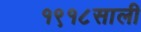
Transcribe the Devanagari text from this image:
१९१८साली